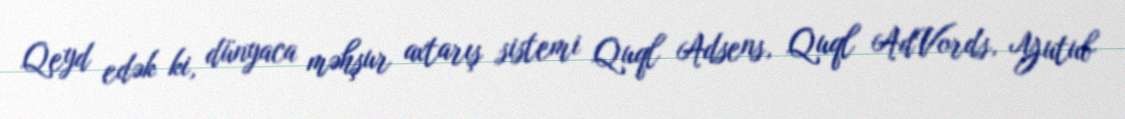
Qeyd edək ki, dünyaca məhşur axtarış sistemi Quql Adsens, Quql AdVords, Yutub